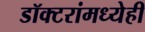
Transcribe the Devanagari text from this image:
डॉक्टरांमध्येही